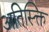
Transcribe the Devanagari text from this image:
अतिस्क्ति